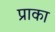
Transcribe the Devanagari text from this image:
प्राका